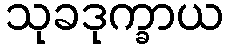
သုခဒုက္ခာယ